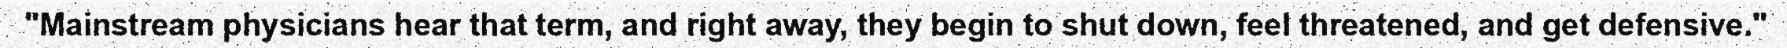
"Mainstream physicians hear that term, and right away, they begin to shut down, feel threatened, and get defensive."